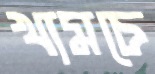
খামচে